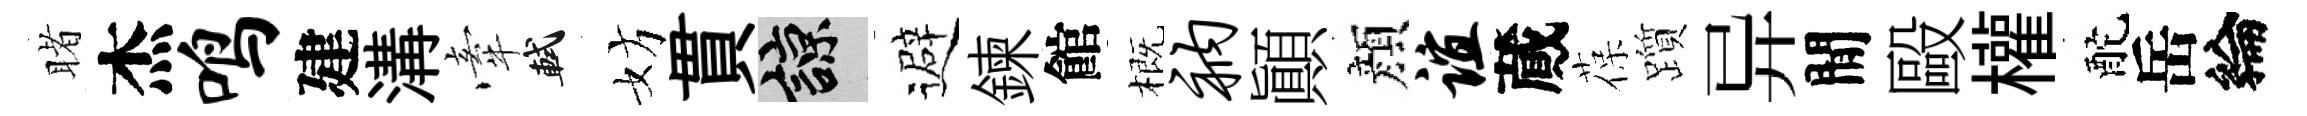
睹杰鸣建溝牽軾妨貫諒避鍊館概衲顚顔谊蕆葆躓异閒毆權酡岳綸